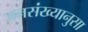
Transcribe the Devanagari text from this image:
जनसंख्यानुसा